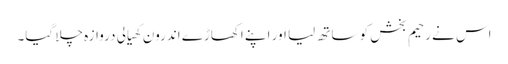
اس نے رحیم بخش کو ساتھ لیا اور اپنے اکھاڑے اندرون کھیالی دروازہ چلا گیا۔